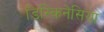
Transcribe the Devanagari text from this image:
डिस्किनेसिया